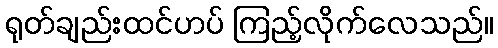
ရုတ်ချည်းထင်ဟပ် ကြည့်လိုက်လေသည်။